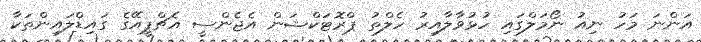
އަންނަ މަހު ނިއު ނޯމަލްގައި ހުޅުވާލާއިރު ހެލްތު ޕްރޮޓަކްޝަން އެޖެންސީ އެޗްޕީއޭގެ ގައިޑްލައިންތަކާ